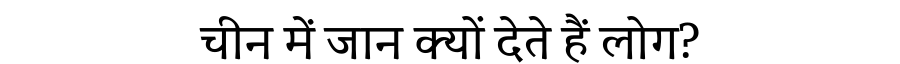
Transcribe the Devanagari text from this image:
चीन में जान क्यों देते हैं लोग?